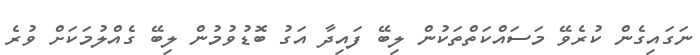
ނަގައިގެން ކުރެވޭ މަސައްކަތްތަކުން ލިބޭ ފައިދާ އަގު ބޮޑުވުމުން ލިބޭ ގެއްލުމަކަށް ވުރެ